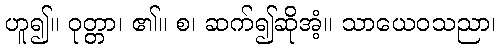
ဟူ၍။ ဝုတ္တာ၊ ၏။ စ၊ ဆက်၍ဆိုအံ့။ သာယေဝသညာ၊